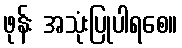
ဖုန်း အသုံးပြုပါရစေ။